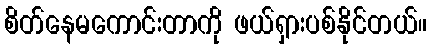
စိတ်နေမကောင်းတာကို ဖယ်ရှားပစ်နိုင်တယ်။